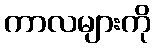
ကာလများကို